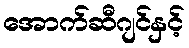
အောက်ဆီဂျင်နှင့်